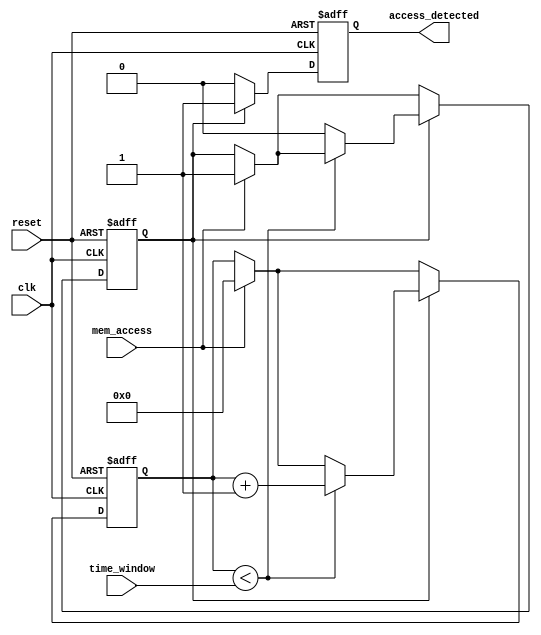
module MemoryBlocksTimeWindowDetector (
    input wire clk,                // System clock
    input wire reset,              // Reset signal
    input wire mem_access,         // Memory access signal (1 for read/write)
    input wire [31:0] time_window, // Configurable time window in clock cycles
    output reg access_detected      // Output signal indicating access within time window
);
    
    reg [31:0] counter;            // Time counter
    reg active;                    // Indicates if memory access is currently detected

    // State for the detection logic
    always @(posedge clk or posedge reset) begin
        if (reset) begin
            counter <= 0;
            access_detected <= 0;
            active <= 0;
        end else begin
            if (mem_access) begin
                // Memory access detected
                active <= 1;
                counter <= 0; // Reset the counter
            end
            
            if (active) begin
                // Increment the counter
                if (counter < time_window) begin
                    counter <= counter + 1;
                end else begin
                    // Time window expired
                    active <= 0;
                end
            end
            
            // Generate output signal if memory access is within the time window
            if (active) begin
                access_detected <= 1; // Access detected within the time window
            end else begin
                access_detected <= 0; // No access detected
            end
        end
    end

endmodule